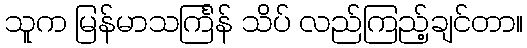
သူက မြန်မာသင်္ကြန် သိပ် လည်ကြည့်ချင်တာ။